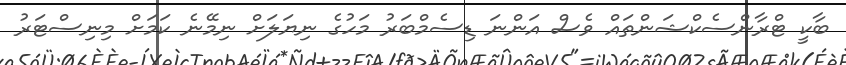
ބާކީ ޓްރާންސެކްޝަންތައް ވެސް އަންނަ ޑިސެމްބަރު މަހުގެ ނިޔަލަށް ނިމޭނެ ކަމަށް މިނިސްޓަރު